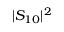
| S _ { 1 0 } | ^ { 2 }